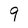
Character: 9